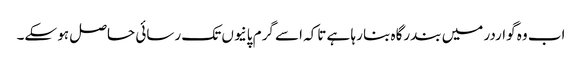
اب وہ گواردر میں بندرگاہ بنا رہا ہے تاکہ اسے گرم پانیوں تک رسائی حاصل ہو سکے۔